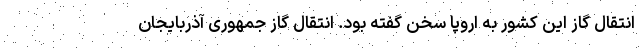
انتقال گاز این کشور به اروپا سخن گفته بود. انتقال گاز جمهوری آذربایجان